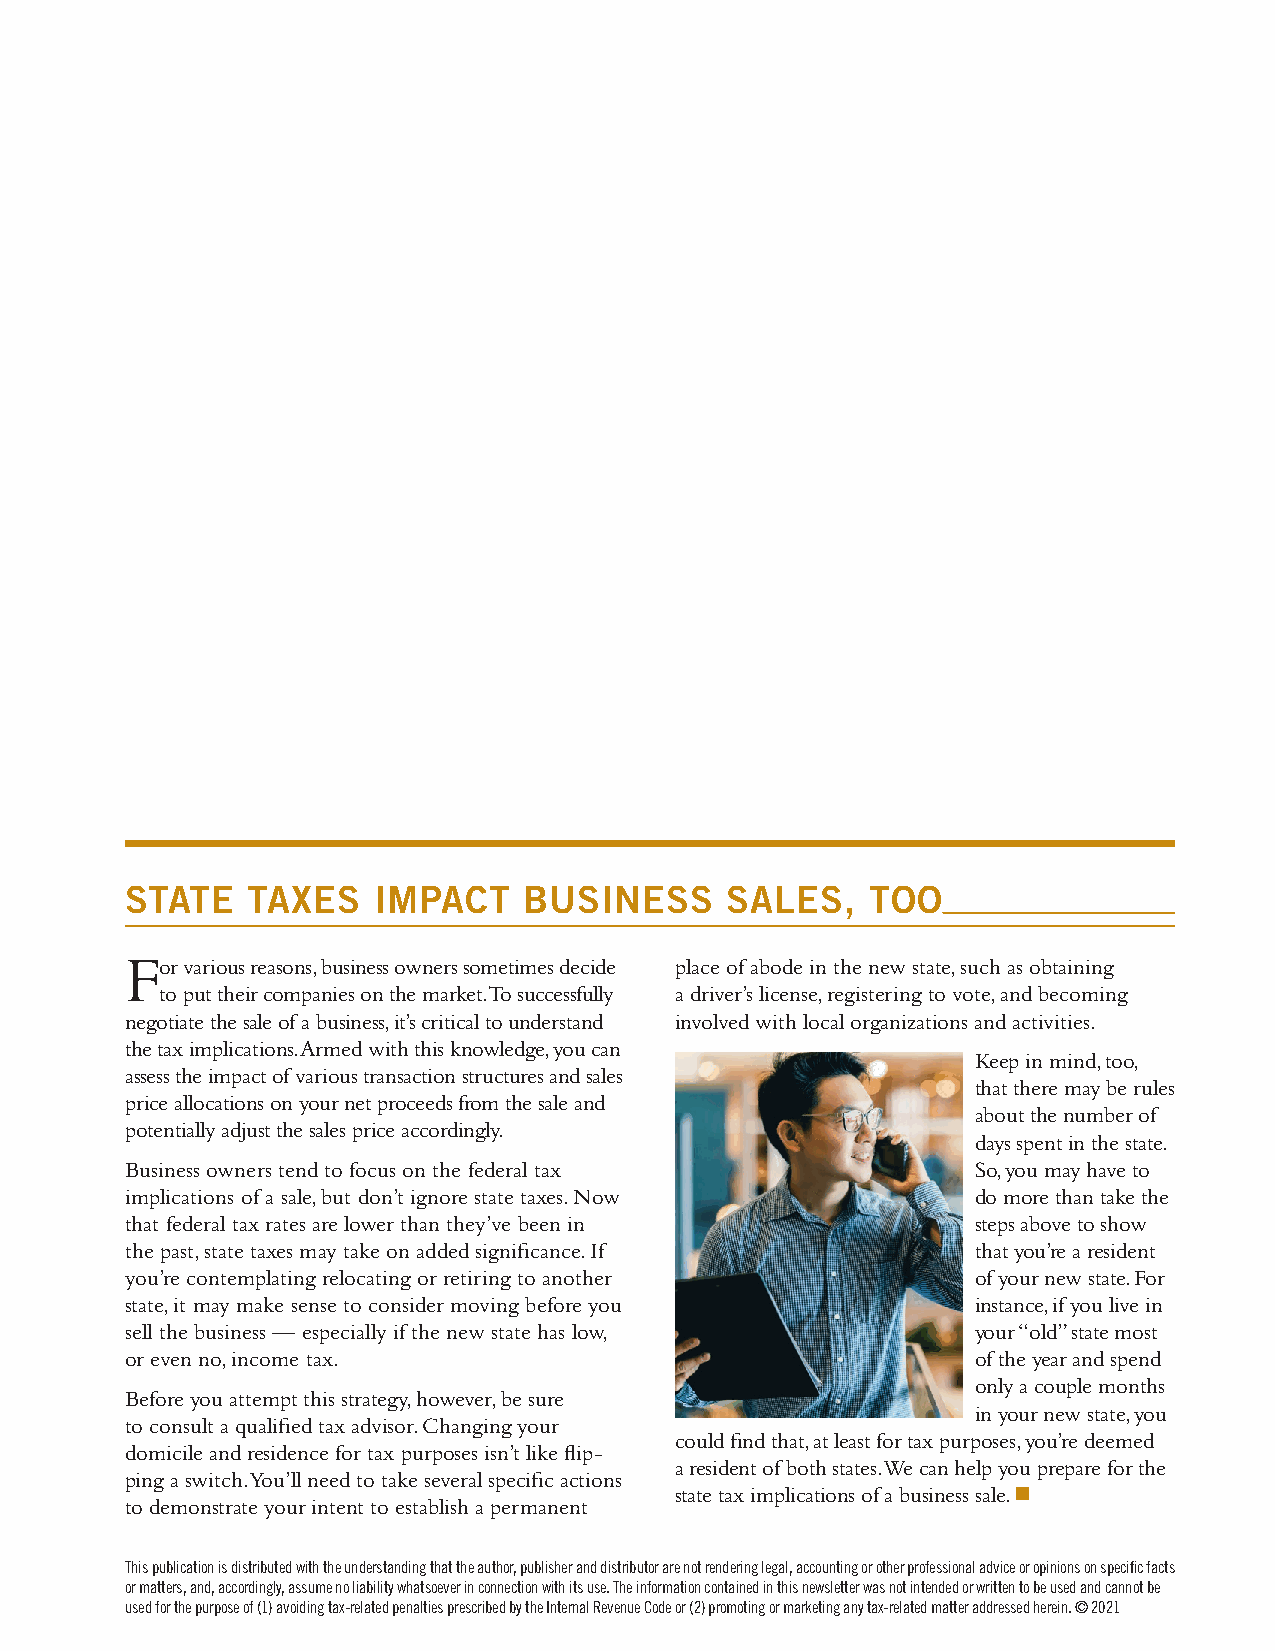
STATE   TAXES    IMPACT    BUSINESS     SALES,    TOO
 F
 or various reasons, business owners sometimes decide place of abode in the new state, such as obtaining
 to put their companies on the market. To successfully a driver’s license, registering to vote, and becoming
 negotiate the sale of a business, it’s critical to understand involved with local organizations and activities.
 the tax implications. Armed with this knowledge, you can
 Keep in mind, too,
 assess the impact of various transaction structures and sales
 that there may be rules
 price allocations on your net proceeds from the sale and
 about the number of
 potentially adjust the sales price accordingly.
 days spent in the state.
 Business owners tend to focus on the federal tax         So, you may have to
 implications of a sale, but don’t ignore state taxes. Now do more than take the
 that federal tax rates are lower than they’ve been in    steps above to show
 the past, state taxes may take on added significance. If that you’re a resident
 you’re contemplating relocating or retiring to another   of your new state. For
 state, it may make sense to consider moving before you   instance, if you live in
 sell the business — especially if the new state has low, your “old” state most
 or even no, income tax.                                  of the year and spend
 only a couple months
 Before you attempt this strategy, however, be sure
 in your new state, you
 to consult a qualified tax advisor. Changing your
 could find that, at least for tax purposes, you’re deemed
 domicile and residence for tax purposes isn’t like flip-
 a resident of both states. We can help you prepare for the
 ping a switch. You’ll need to take several specific actions
 state tax implications of a business sale. n
 to demonstrate your intent to establish a permanent
 This publication is distributed with the understanding that the author, publisher and distributor are not rendering legal, accounting or other professional advice or opinions on specific facts
 or matters, and, accordingly, assume no liability whatsoever in connection with its use. The information contained in this newsletter was not intended or written to be used and cannot be
 used for the purpose of (1) avoiding tax-related penalties prescribed by the Internal Revenue Code or (2) promoting or marketing any tax-related matter addressed herein. © 2021